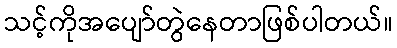
သင့်ကိုအပျော်တွဲနေတာဖြစ်ပါတယ်။